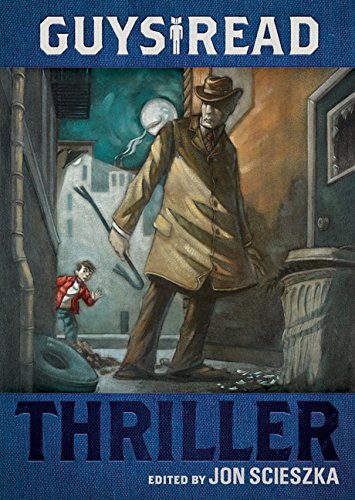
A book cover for Guys Read: Thriller; Jon Scieszka; Children's Books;